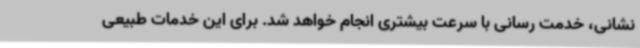
نشانی، خدمت رسانی با سرعت بیشتری انجام خواهد شد. برای این خدمات طبیعی